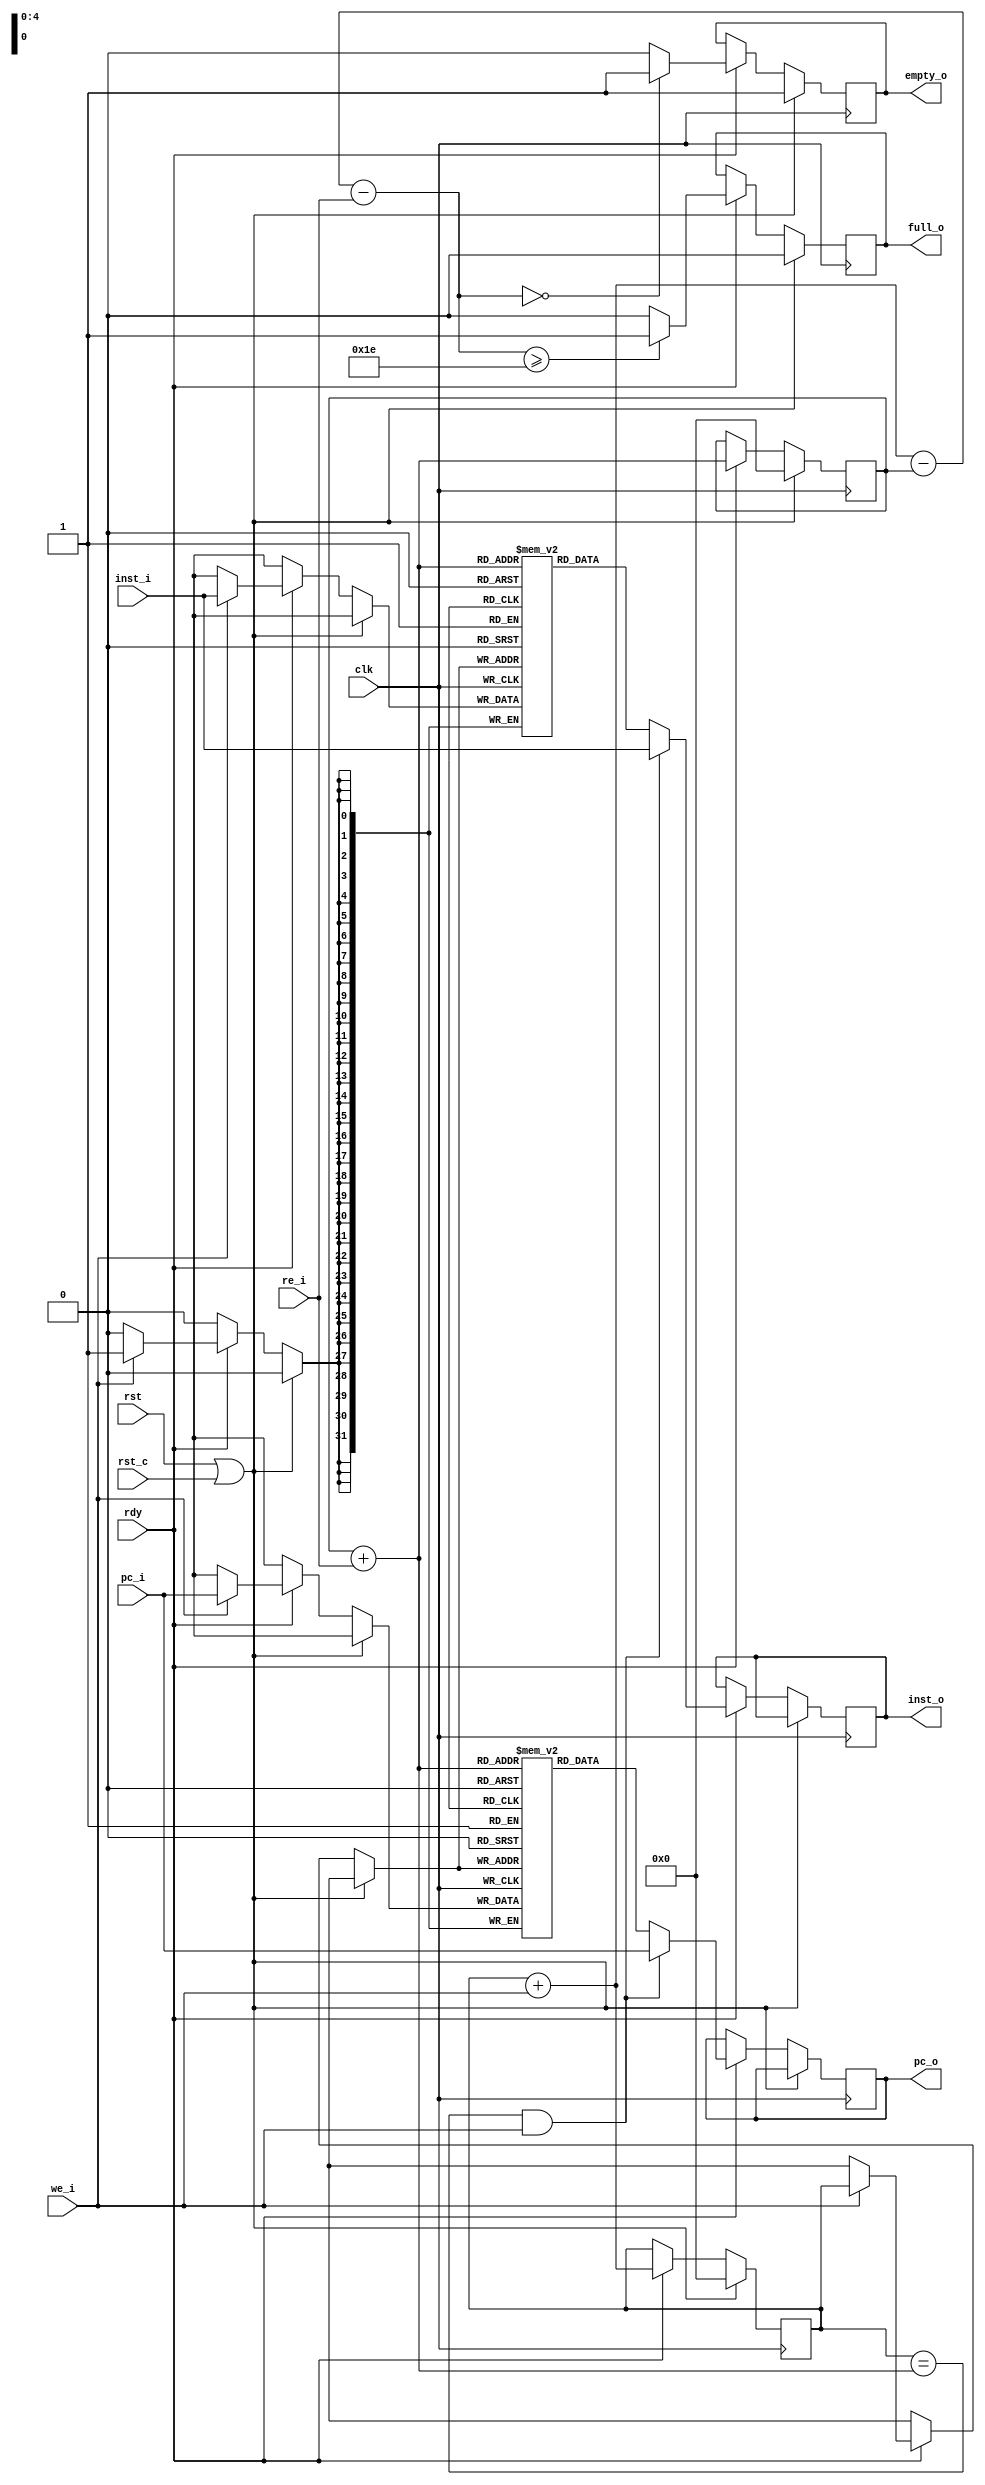
module instqueue(
    input wire clk,
    input wire rst,
    input wire rst_c,
    input wire rdy,

    input wire we_i,
    input wire[31:0] inst_i,
    input wire[31:0] pc_i,
    input wire re_i,
    output reg[31:0] inst_o,
    output reg[31:0] pc_o,
    output reg full_o,
    output reg empty_o
);

parameter cap = 5'h1e;

reg[31:0] pc[31:0];
reg[31:0] inst[31:0];
reg[4:0] head, tail;

wire full, empty;
wire[4:0] head_p;

assign full = (tail + we_i - head - re_i >= cap) ? 1'b1 : 1'b0;
assign empty = (tail + we_i - head - re_i == 1'b0) ? 1'b1 : 1'b0;
assign head_p = head + re_i;

always @ (posedge clk) begin
    if (rst || rst_c) begin
        head <= 1'b0;
        tail <= 1'b0;
        full_o <= 1'b0;
        empty_o <= 1'b1;
    end
    else if (rdy) begin
        if (we_i) begin
            inst[tail] <= inst_i;
            pc[tail] <= pc_i;
        end
        head <= head + re_i;
        tail <= tail + we_i;
        full_o <= full;
        empty_o <= empty;
        if (tail == head_p && we_i) begin
            inst_o <= inst_i;
            pc_o <= pc_i;
        end
        else begin
            inst_o <= inst[head_p];
            pc_o <= pc[head_p];
        end
    end
end

endmodule // instqueue